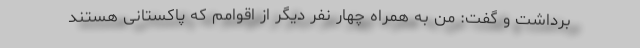
برداشت و گفت: من به همراه چهار نفر دیگر از اقوامم که پاکستانی هستند